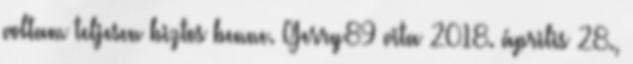
voltam teljesen biztos benne. Gerry89 vita 2018. április 28.,